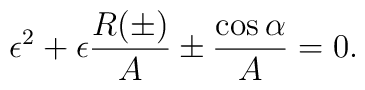
\epsilon^2+\epsilon\frac{R(\pm )}{A}\pm\frac{\cos\alpha }{A}=0.